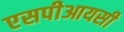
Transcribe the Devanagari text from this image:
एसपीआयसी